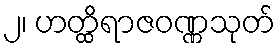
၂၊ ဟတ္ထိရာဇဝဏ္ဏသုတ်